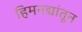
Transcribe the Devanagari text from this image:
हिमनद्यांतून